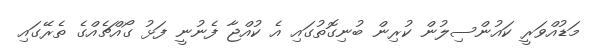
މަޑުއްވަރީ ކައުންސިލުން ކުރިން ބުނިގޮތުގައި އެ ކުއްޖާ ފެނުނީ ފަޅު ގޯއްޗެއްގެ ތެރޭގައި